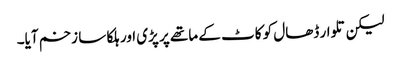
لیکن تلوار ڈھال کو کاٹ کے ماتھے پر پڑی اور ہلکا سا زخم آیا۔